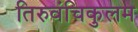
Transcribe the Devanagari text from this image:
तिरुवंचिकुलम